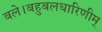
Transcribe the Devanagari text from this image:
बले।बहुबलधारिणीम्